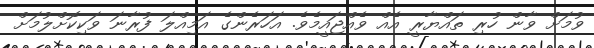
ވުމަށް ވާން ހުރި ތައްޔާރީ އެއް ވެއްޖައީމެވެ. އަހަރެންގެ އަމިއްލަ ފުރާނަ ވަކިކޮށްލުމަށް